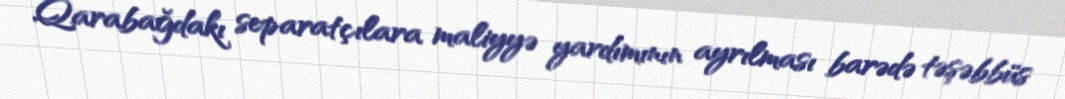
Qarabağdakı separatçılara maliyyə yardımının ayrılması barədə təşəbbüs